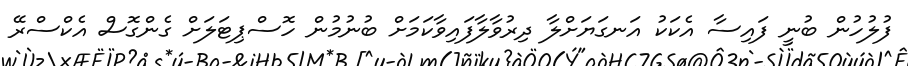
ފުލުހުން ބުނީ ފައިސާ އެކަކު އަނގަޔަށްލާ ދިރުވާލާފައިވާކަމަށް ބުނުމުން ހޮސްޕިޓަލަށް ގެންގޮސް އެކްސްރޭ